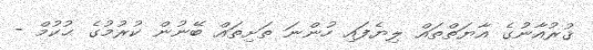
ޤުރުއާނުގެ އާޔަތްތައް ލިޔެފައި ހުންނަ ތަށިތައް ބޭނުން ކުރުމުގެ ޙުކުމް -